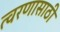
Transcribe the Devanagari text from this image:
त्वरणासाठी